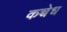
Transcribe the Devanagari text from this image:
कच्चेध